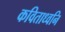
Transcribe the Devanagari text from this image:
कविताध्वनि